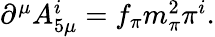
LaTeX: \begin{array}{r}{\partial^{\mu}A_{5\mu}^{i}=f_{\pi}m_{\pi}^{2}\pi^{i}.}\end{array}